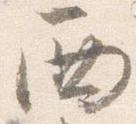
西